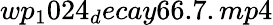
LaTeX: wp_{1}024_{d}ecay66.7.mp4